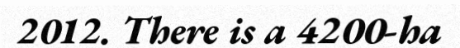
2012. There is a 4200-ha